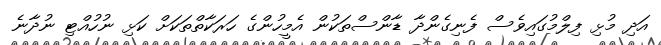
އަދި މުޅި ފިލްމުގައިވެސް ފެނިގެންދާ ޑާންސްތަކުން އެމީހުންގެ ހަރަކާތްތަކަށް ކަޅި ނުހުއްޓި ނުދާނެ